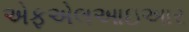
એફએલઆઇઆર